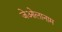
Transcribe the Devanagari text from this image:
जेओलानाम